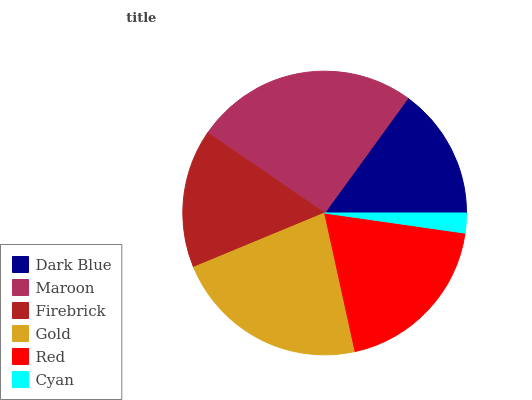
| Dark Blue | Maroon | Firebrick | Gold | Red | Cyan |
 | --- | --- | --- | --- | --- | --- |
 | 15% | 25.5% | 15.8% | 22.1% | 19.3% | 2.26% |